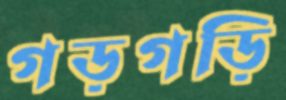
গড়গড়ি